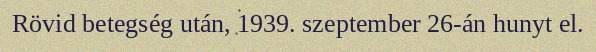
Rövid betegség után, 1939. szeptember 26-án hunyt el.